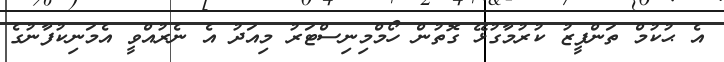
އެ ޙުކުމް ތަންފީޒު ކުރުމާގުޅޭ ގޮތުން ހޯމްމިނިސްޓަރު މިއަދު އެ ނެރުއްވީ އެމަނިކުފާނުގެ